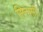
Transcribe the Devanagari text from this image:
सिनासी